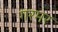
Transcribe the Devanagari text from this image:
गरमर